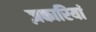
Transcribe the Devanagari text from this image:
ज़कारियां